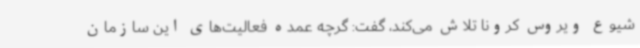
شیوع ویروس کرونا تلاش می‌کند، گفت: گرچه عمده فعالیت‌های این سازمان